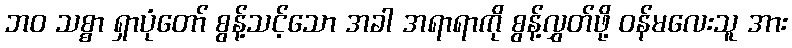
ဘဝ သစ္စာ ရှာပုံတော် စွန့်သင့်သော အခါ အရာရာကို စွန့်လွှတ်ဖို့ ဝန်မလေးသူ အား